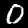
Label: 0